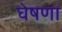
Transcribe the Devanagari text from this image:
घेषणा